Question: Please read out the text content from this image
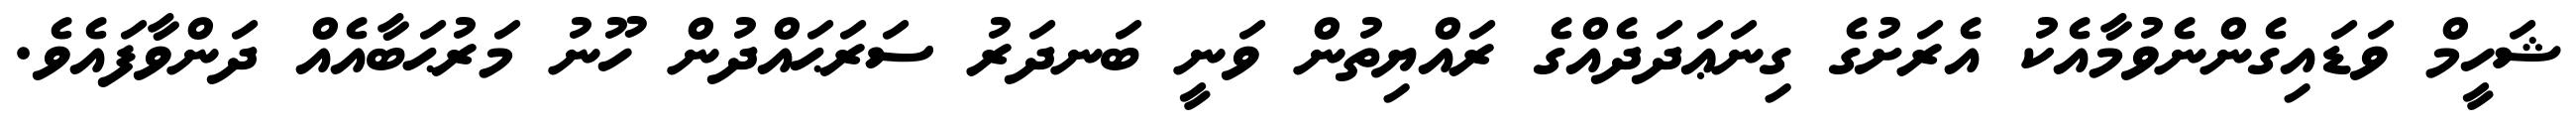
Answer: ޝަހީމް ވަޑައިގެންނެވުމާއެކު އެރަށުގެ ގިނަޢަދަދެއްގެ ރައްޔިތުން ވަނީ ބަނދަރު ސަރަޙައްދުން ހޫނު މަރުޙަބާއެއް ދަންވާފައެވެ.